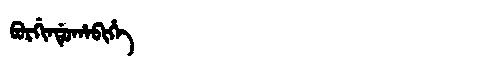
Manchu: ᠪᡠᡵᡤᡳᠨᡩᡠᡥᠠᠪᡳᡥᡝ
Romanization: BURGINDUHABIHE